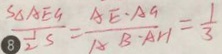
\frac { S _ { \Delta } A E G } { \frac { 1 } { 2 } S } = \frac { A E \cdot A G } { A B \cdot A H } = \frac { 1 } { 3 }